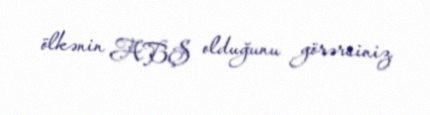
ölkənin ABŞ olduğunu görərsiniz.